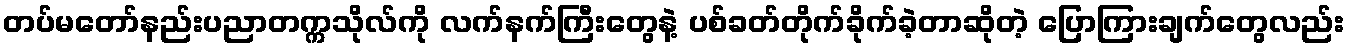
တပ်မတော်နည်းပညာတက္ကသိုလ်ကို လက်နက်ကြီးတွေနဲ့ ပစ်ခတ်တိုက်ခိုက်ခဲ့တာဆိုတဲ့ ပြောကြားချက်တွေလည်း